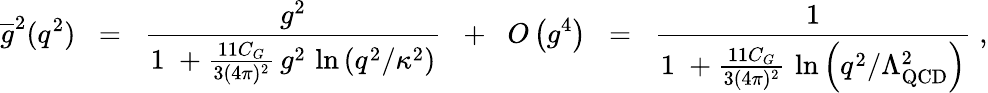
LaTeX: \overline{{{g}}}^{2}(q^{2})\; \; =\; \; \frac{g^{2}}{1\; +\frac{11C_{G}}{3(4\pi)^{2}}\, g^{2}\, \ln\left(q^{2}/\kappa^{2}\right)}\; \; +\; \; O\left(g^{4}\right)\; \; =\; \; \frac{1}{1\; +\frac{11C_{G}}{3(4\pi)^{2}}\, \, \ln\left(q^{2}/\Lambda_{\mathrm{QCD}}^{2}\right)}\; ,